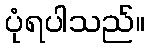
ပုံရပါသည်။